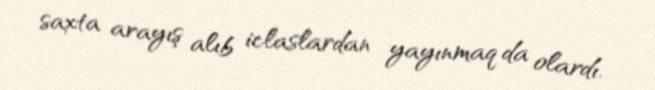
saxta arayış alıb iclaslardan yayınmaq da olardı.